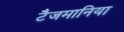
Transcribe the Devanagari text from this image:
टैजमानिया